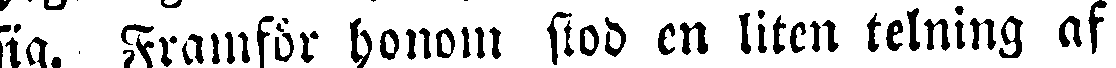
sig. Framför honom stod en liten telning af